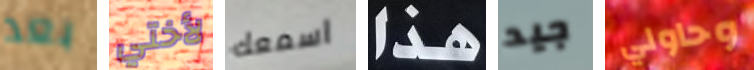
بعد لأختي اسمعك هذا جيد وحاولي